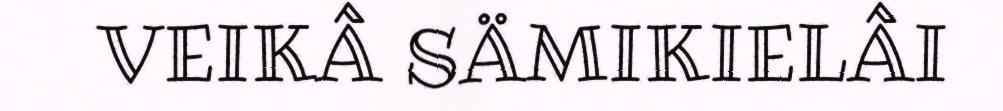
VEIKÂ SÄMIKIELÂI